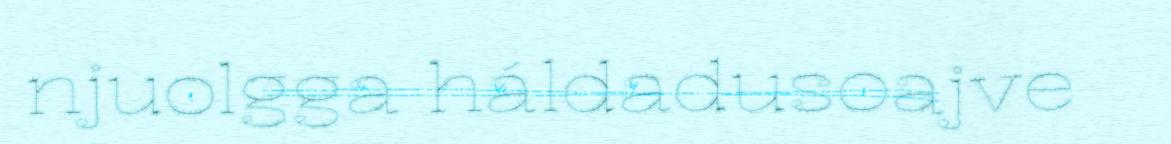
njuolgga háldadusoajve